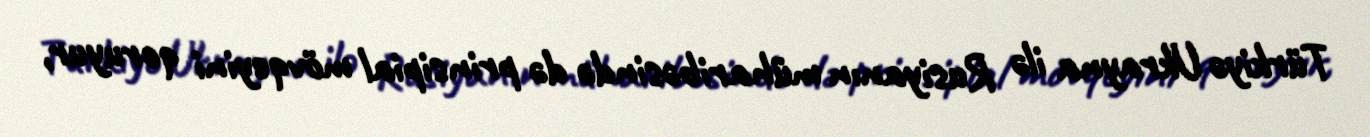
Türkiyə Ukrayna ilə Rusiyanın müharibəsində də prinsipial mövqeyini qoruyur,